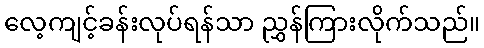
လေ့ကျင့်ခန်းလုပ်ရန်သာ ညွှန်ကြားလိုက်သည်။